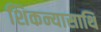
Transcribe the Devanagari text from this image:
शिकन्यासाथि